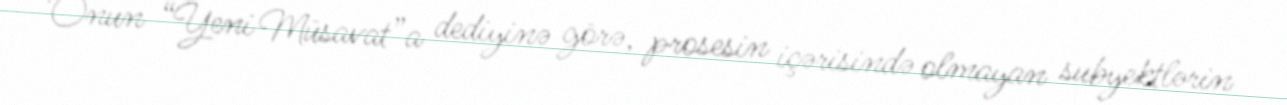
Onun “Yeni Müsavat”a dediyinə görə, prosesin içərisində olmayan subyektlərin